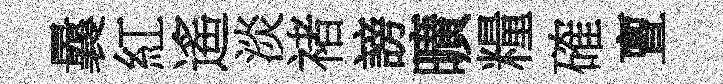
曩紅遙淡禇謗曠糧確亶